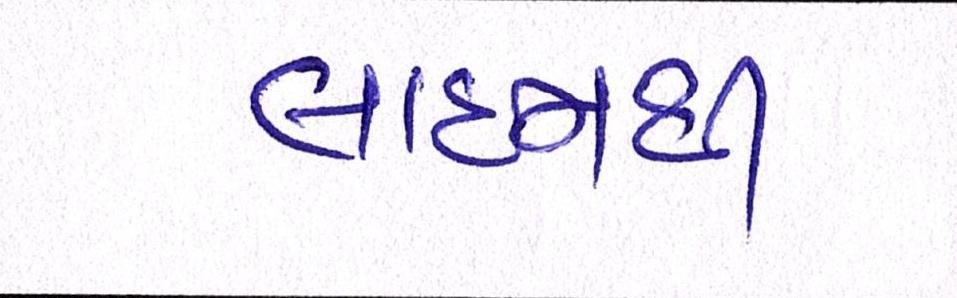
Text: લાઈનથી